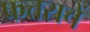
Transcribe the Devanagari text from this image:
फत्तराचें